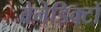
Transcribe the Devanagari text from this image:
बेनेडिक्टों